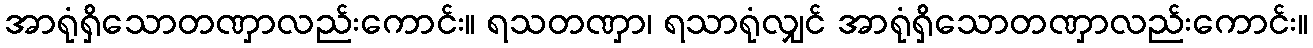
အာရုံရှိသောတဏှာလည်းကောင်း။ ရသတဏှာ၊ ရသာရုံလျှင် အာရုံရှိသောတဏှာလည်းကောင်း။